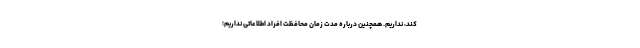
کند، نداریم. همچنین درباره مدت زمان محافظت افراد اطلاعاتی نداریم؛